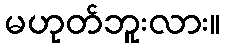
မဟုတ်ဘူးလား။